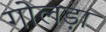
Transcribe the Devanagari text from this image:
गोलड़ा